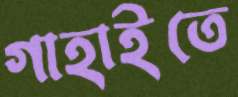
গাহাইতে